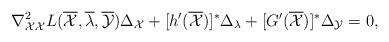
LaTeX: \begin{align*} \nabla_{\mathcal{X}\mathcal{X}}^2L(\overline{\mathcal{X}},\overline{\lambda},\overline{\mathcal{Y}})\Delta_{\mathcal{X}} +[h'(\overline{\mathcal{X}})]^*\Delta_{\lambda}+[G'(\overline{\mathcal{X}})]^*\Delta_{\mathcal{Y}}=0, \end{align*}